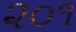
૨૦૧